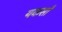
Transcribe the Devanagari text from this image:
यकसाँ